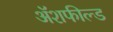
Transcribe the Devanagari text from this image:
ॲशफील्ड